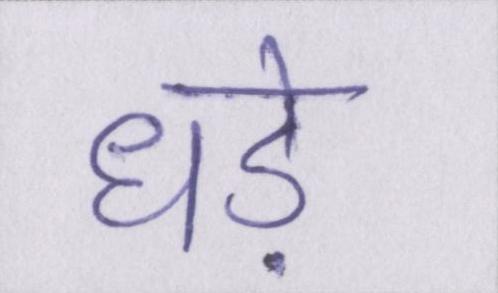
धड़े